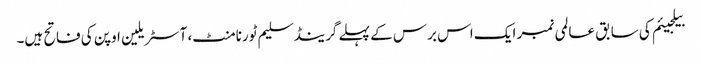
بیلجیئم کی سابق عالمی نمبر ایک اس برس کے پہلے گرینڈ سلیم ٹورنامنٹ، آسٹریلین اوپن کی فاتح ہیں۔